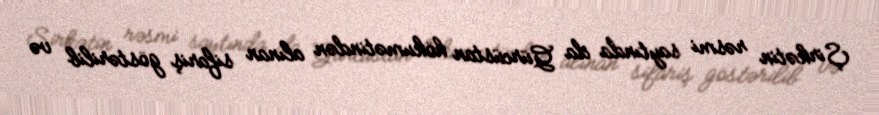
Şirkətin rəsmi saytında da Gürcüstan hökumətindən alınan sifariş göstərilib və